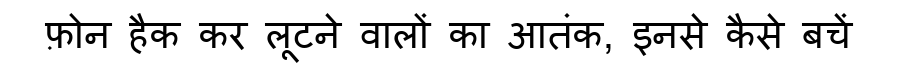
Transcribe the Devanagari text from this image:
फ़ोन हैक कर लूटने वालों का आतंक, इनसे कैसे बचें